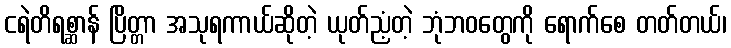
ငရဲတိရစ္ဆာန် ပြိတ္တာ အသုရကာယ်ဆိုတဲ့ ယုတ်ညံ့တဲ့ ဘုံဘဝတွေကို ရောက်စေ တတ်တယ်၊